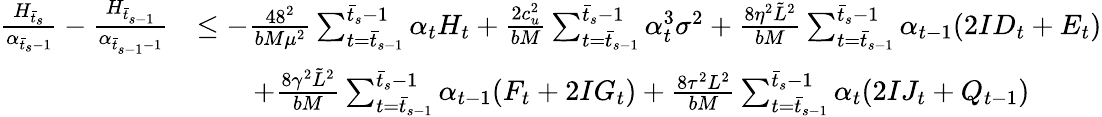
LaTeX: \begin{array}{rl}{\frac{H_{\bar{t}_{s}}}{\alpha_{\bar{t}_{s}-1}}-\frac{H_{\bar{t}_{s-1}}}{\alpha_{\bar{t}_{s-1}-1}}}&{\leq-\frac{48^{2}}{bM\mu^{2}}\sum_{t=\bar{t}_{s-1}}^{\bar{t}_{s}-1}\alpha_{t}H_{t}+\frac{2c_{u}^{2}}{bM}\sum_{t=\bar{t}_{s-1}}^{\bar{t}_{s}-1}\alpha_{t}^{3}\sigma^{2}+\frac{8\eta^{2}\tilde{L}^{2}}{bM}\sum_{t=\bar{t}_{s-1}}^{\bar{t}_{s}-1}\alpha_{t-1}(2ID_{t}+E_{t})}\\ &{\qquad+\frac{8\gamma^{2}\tilde{L}^{2}}{bM}\sum_{t=\bar{t}_{s-1}}^{\bar{t}_{s}-1}\alpha_{t-1}(F_{t}+2IG_{t})+\frac{8\tau^{2}L^{2}}{bM}\sum_{t=\bar{t}_{s-1}}^{\bar{t}_{s}-1}\alpha_{t}(2IJ_{t}+Q_{t-1})}\end{array}